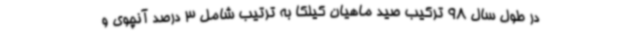
در طول سال 98 ترکیب صید ماهیان کیلکا به ترتیب شامل 3 درصد آنچوی و